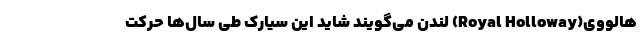
هالووی(Royal Holloway) لندن می‌گویند شاید این سیارک طی سال‌ها حرکت